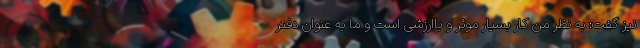
نیز گفت: به نظر من کار بسیار موثر و باارزشی است و ما به عنوان دفتر